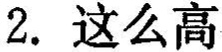
2.这么高